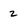
Character: 2